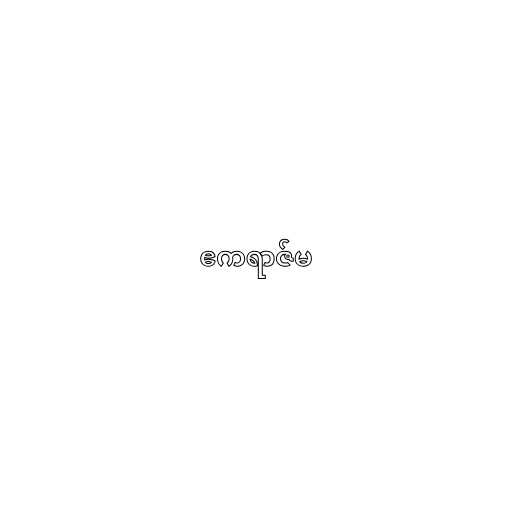
ဧကရာဇ်မ